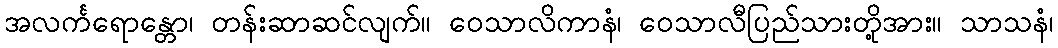
အလင်္ကရောန္တော၊ တန်းဆာဆင်လျက်။ ဝေသာလိကာနံ၊ ဝေသာလီပြည်သားတို့အား။ သာသနံ၊